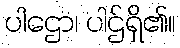
ပါဌော၊ ပါဌ်ရှိ၏။